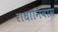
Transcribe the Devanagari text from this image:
राधानिवास